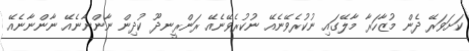
ކަށަވަރޭ ދެން މުޒާހަރާ މާލޭގައި ނުކުރެވޭނެއޭ ނުކުރެވޭނެއޭ ރަންރީނދޫ ކުދިން ނާންނާނެއޭ ނާންނާނެއޭ